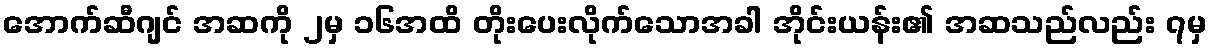
အောက်ဆီဂျင် အဆကို ၂မှ ၁၆အထိ တိုးပေးလိုက်သောအခါ အိုင်းယန်း၏ အဆသည်လည်း ၇မှ